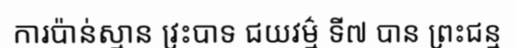
ការប៉ាន់ស្មាន វ្រះបាទ ជយវម៌្ម ទី៧ បាន ព្រះជន្ម